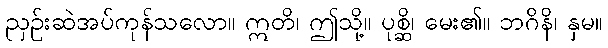
ညှဉ်းဆဲအပ်ကုန်သလော။ ဣတိ၊ ဤသို့။ ပုစ္ဆိ၊ မေး၏။ ဘဂိနိ၊ နှမ။